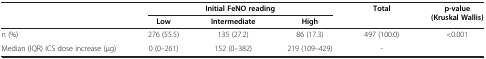
|  | <COLSPAN=3> Initial FeNO reading | Total | p-value (Kruskal Wallis) |
 |  | Low | Intermediate | High |  |  |
 | --- | --- | --- | --- | --- | --- |
 | n (%) | 276 (55.5) | 135 (27.2) | 86 (17.3) | 497 (100.0) | <0.001 |
 | Median (IQR) ICS dose increase (μg) | 0 (0–261) | 152 (0–382) | 219 (109–429) | - |  |